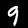
Label: 9